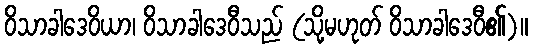
ဝိသာခါဒေဝိယာ၊ ဝိသာခါဒေဝီသည် (သို့မဟုတ် ဝိသာခါဒေဝီ၏)။